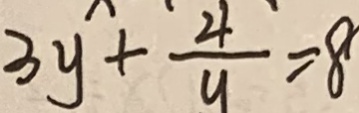
3 y + \frac { 4 } { y } = 8